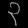
Digit: ၃